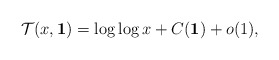
\begin{align*}\mathcal{T}(x, \textbf{1}) = \log \log x+C(\textbf{1})+o(1), \end{align*}